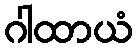
ဂါထာယံ